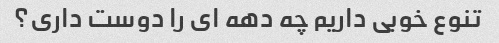
تنوع خوبی داریم چه دهه ای را دوست داری؟